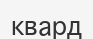
квард